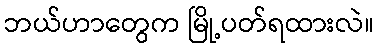
ဘယ်ဟာတွေက မြို့ပတ်ရထားလဲ။